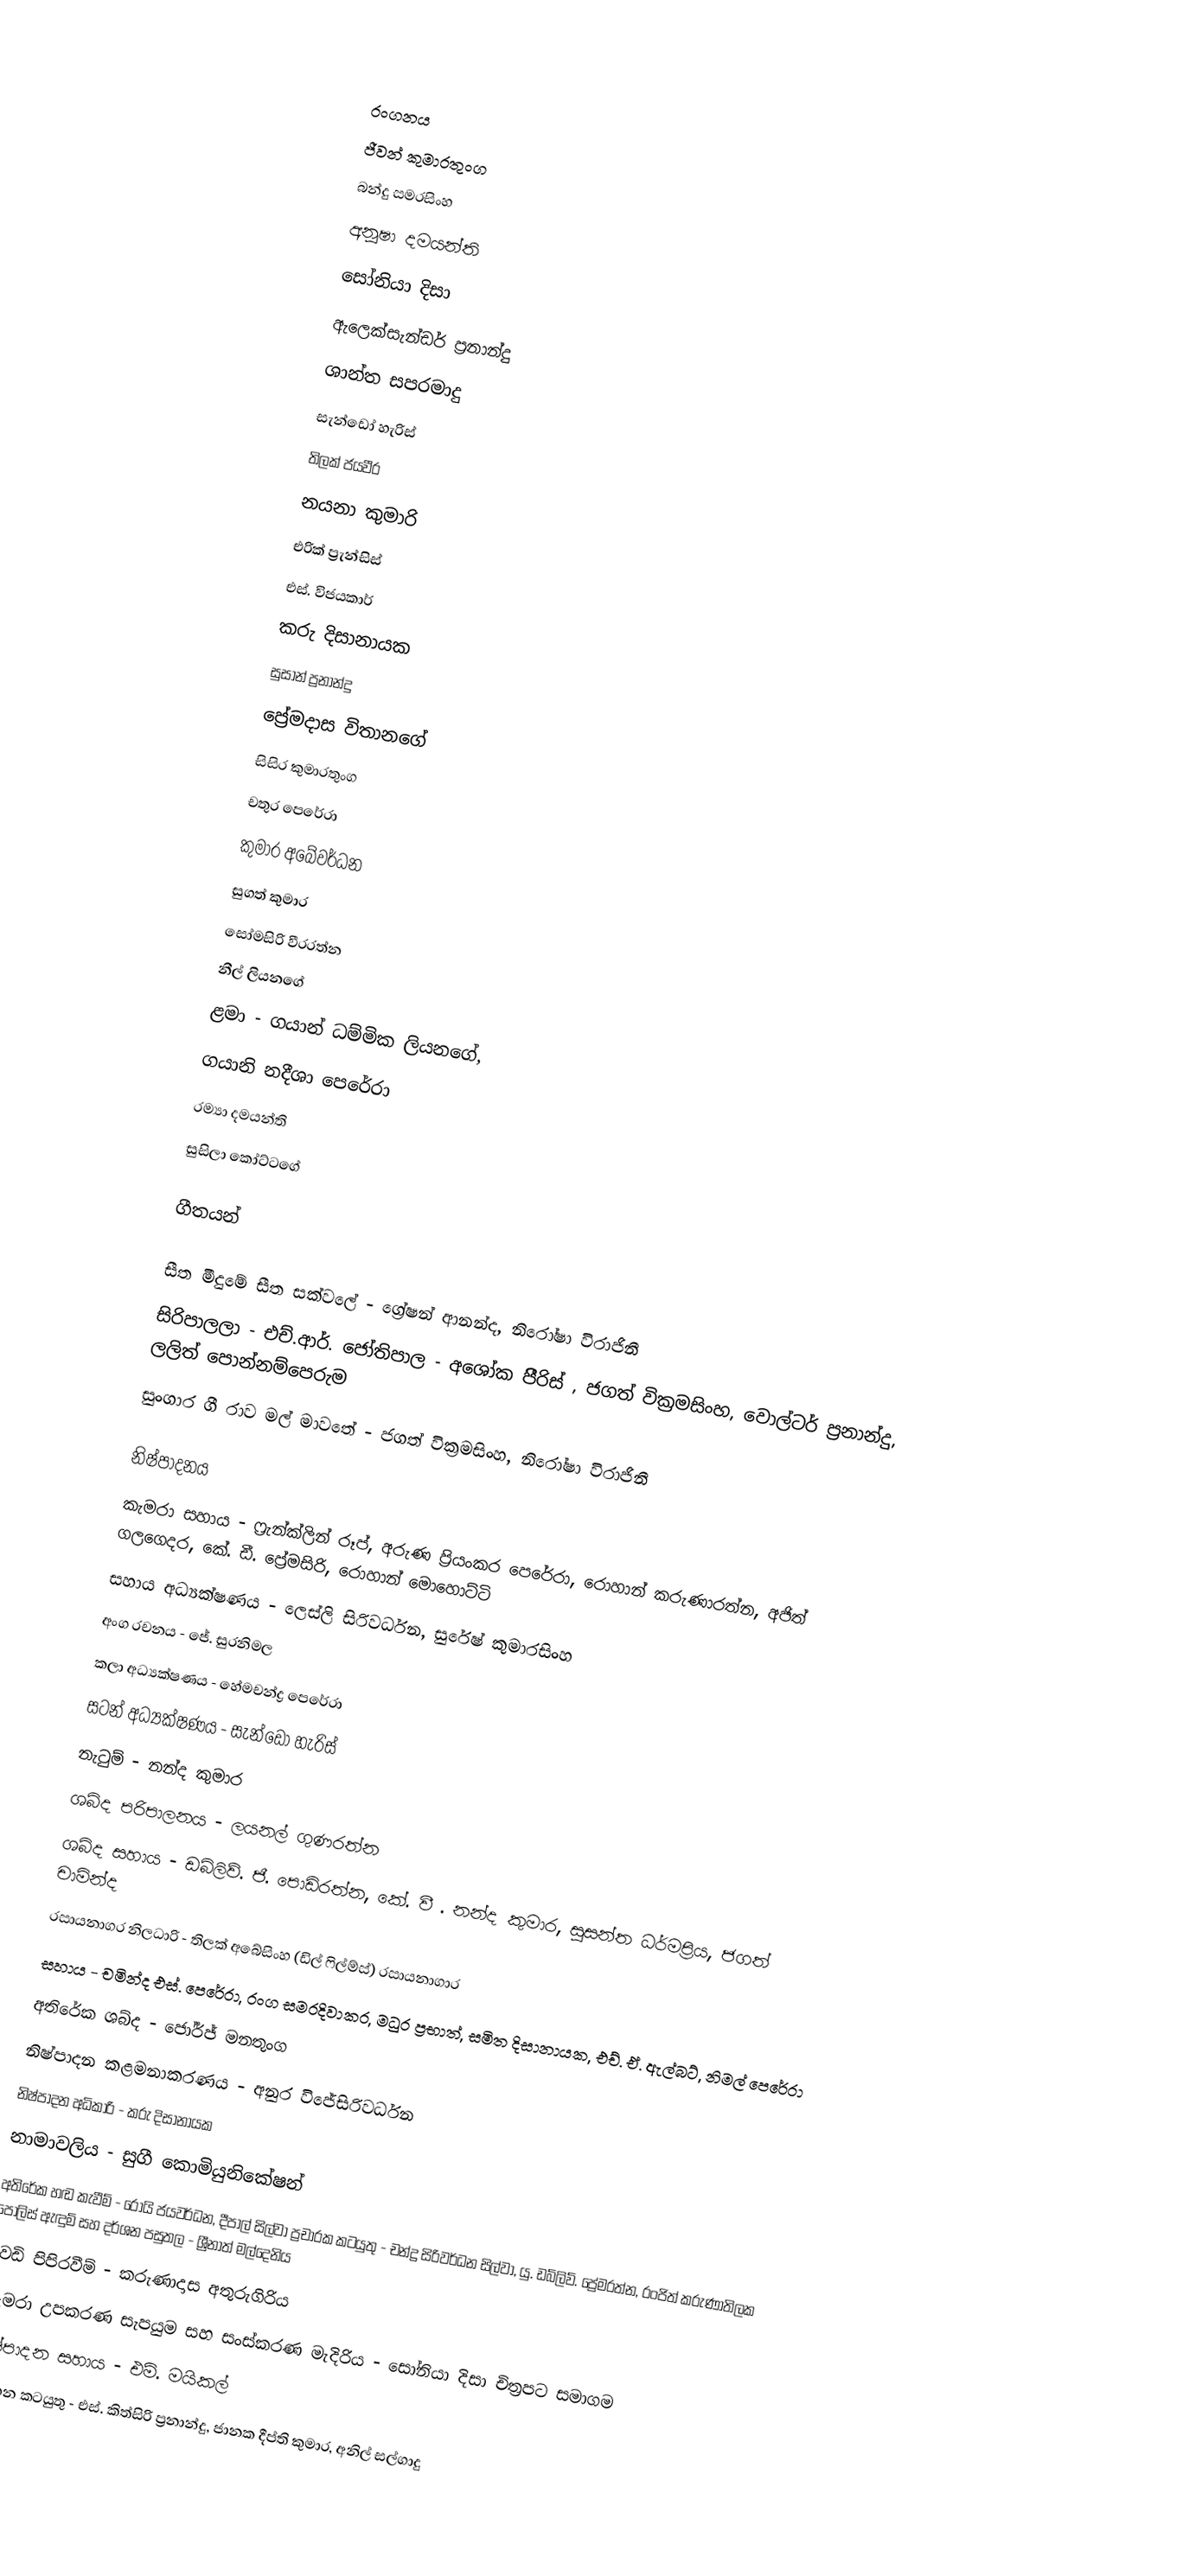

රංගනය
ජීවන් කුමාරතුංග
බන්දු සමරසිංහ
අනූෂා දමයන්ති
සෝනියා දිසා
ඇලෙක්සැන්ඩර් ප්‍රනාන්දු
ශාන්ත සපරමාදු
සැන්ඩෝ හැරිස්
තිලක් ජයවීර
නයනා කුමාරි
එරික් ප්‍රැන්සිස්
එස්. විජයකාර්
කරු දිසානායක
සුසාන් ප්‍රනාන්දු
ප්‍රේමදාස විතානගේ
සිසිර කුමාරතුංග
චතුර පෙරේරා
කුමාර අබේවර්ධන
සුගත් කුමාර
සෝමසිරි වීරරත්න
නීල් ලියනගේ
ළමා - ගයාන් ධම්මික ලියනගේ,
ගයානි නදීශා පෙරේරා
රම්‍යා දමයන්ති
සුසිලා කෝට්ටගේ

ගීතයන්

සීත මීදුමේ සීත සක්වලේ - ග්‍රේෂන් ආනන්ද, නිරෝෂා විරාජිනී
සිරිපාලලා - එච්.ආර්. ජෝතිපාල - අශෝක පිීරිස් , ජගත් වික්‍රමසිංහ, වොල්ටර් ප්‍රනාන්දු, ලලිත් පොන්නම්පෙරුම
සුංගාර ගී රාව මල් මාවතේ - ජගත් වික්‍රමසිංහ, නිරෝෂා විරාජිනී

නිෂ්පාදනය
කැමරා සහාය - ෆ්‍රැන්ක්ලින් රූප්, අරුණ ප්‍රියංකර පෙරේරා, රොහාන් කරුණාරත්න, අජිත් ගලගෙදර, කේ. ඩී. ප්‍රේමසිරි, රොහාන් මොහොට්ටි
සහාය අධ්‍යක්ෂණය - ලෙස්ලි සිරිවර්ධන, සුරේෂ් කුමාරසිංහ
අංග රචනය - ජේ. සුරනිමල
කලා අධ්‍යක්ෂණය - හේමචන්ද්‍ර පෙරේරා
සටන් අධ්‍යක්ෂණය - සැන්ඩෝ හැරිස්
නැටුම් - නන්ද කුමාර
ශබ්ද පරිපාලනය - ලයනල් ගුණරත්න
ශබ්ද සහාය - ඩබ්ලිව්. ජී. පොඩිරත්න, කේ. වී . නන්ද කුමාර, සුසන්ත ධර්මප්‍රිය, ජගත් චාමින්ද
රසායනාගර නිලධාරි - තිලක් අබේසිංහ (ඩිල් ෆිල්ම්ස්) රසායනාගාර
සහාය - චමින්ද එස්. පෙරේරා, රංග සමරදිවාකර, මධුර ප්‍රභාත්, සමිත දිසානායක, එච්. ඒ. ඇල්බට්, නිමල් පෙරේරා
අතිරේක ශබ්ද - ජෝර්ජ් මනතුංග
නිෂ්පාදන කළමනාකරණය - අනුර විජේසිරිවර්ධන
නිෂ්පාදන අධිකාරි - කරු දිසානායක
නාමාවලිය - සුගී කොමියුනිකේෂන්
අතිරේක හඬ කැවීම් - රෝයි ජයවර්ධන, දීපාල් සිල්වා ප්‍රචාරක කටයුතු - චන්ද්‍ර සිරිවර්ධන සිල්වා, යු. ඩබ්ලිව්. ප්‍රේමරත්න, රංජිත් කරුණාතිලක පොලිස් ඇඳුම් සහ දර්ශන පසුතල - ශ්‍රීනාත් මල්දෙනිය
වෙඩි පිපිරවීම් - කරුණාදාස අතුරුගිරිය
කැමරා උපකරණ සැපයුම සහ සංස්කරණ මැදිරිය - සෝනියා දිසා චිත්‍රපට සමාගම
නිෂ්පාදන සහාය - එම්. මයිකල්
ප්‍රවාහන කටයුතු - එස්. කිත්සිරි ප්‍රනාන්දු, ජානක දීප්ති කුමාර, අනිල් සල්ගාදු